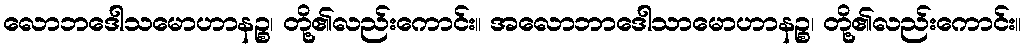
လောဘဒေါသမောဟာနဉ္စ၊ တို့၏လည်းကောင်း။ အလောဘာဒေါသာမောဟာနဉ္စ၊ တို့၏လည်းကောင်း။